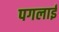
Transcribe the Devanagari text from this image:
पगलाई